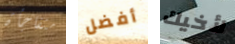
متفاجأة أفضل لأخيك